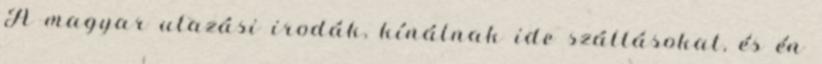
A magyar utazási irodák, kínálnak ide szállásokat, és én